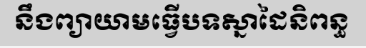
នឹងព្យាយាមធ្វើបទស្នាដៃនិពន្ធ